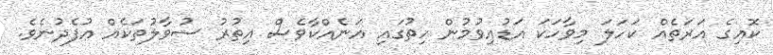
ކޮއިގެ އަރަތެއް ކަހަލަ މިވާހަކަ އަޑުއިވުމުން ހިތުގައި އަނެއްކާވެސް އިތުރު ސުވާލުތަކެއް އުފެދުނެވެ.